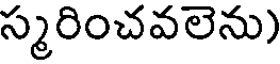
స్మరించవలెను)